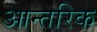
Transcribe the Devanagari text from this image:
आन्‍तरिक